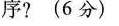
序?(6分)